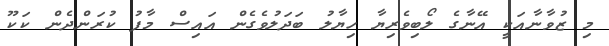
މި ޒުވާނާއަކީ އޭނާގެ ލޯބިވެރިޔާ ހިޔާލު ބަދަލުވެގެން އައިސް މާފު ކުރަންދެން ކަކޫ